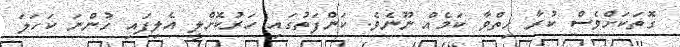
ގޮތަކަށްވެސް ކުރާ ހިތްވާ ކަމެއް ނޫނެވެ. ކަންފަތުގައި ހަރުކޮށްލީ އެލިފައި ހުންނަ ކަހަލަ